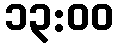
၁၃:၀၀